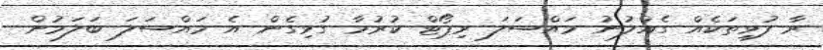
ރާ ފުޅިތަކެއް ގެއްލުނު މައްސަލަ ރިޕޯޓް ކުރުމާ ގުޅިގެން އެ މައްސަލަ ބަލަމުން